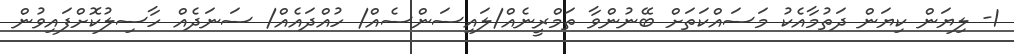
1- ލިޔަން ކިޔަން ދަތުމާއެކު މަސައްކަތަށް ބޭނުންވާ ތަމްރީނެއް/ލައިސަންސެއް/ ހުއްދައެއް/ ސަނަދެއް ހާސިލުކޮށްފައިވުން